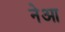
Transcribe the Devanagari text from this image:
नेआ